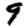
Digit: 9